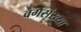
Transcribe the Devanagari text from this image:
वर्गसंख्या